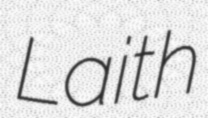
Laith